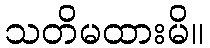
သတိမထားမိ။